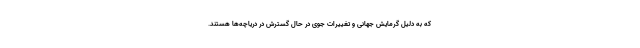
که به دلیل گرمایش جهانی و تغییرات جوی در حال گسترش در دریاچه‌ها هستند.